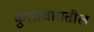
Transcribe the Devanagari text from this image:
कुलाचारातील